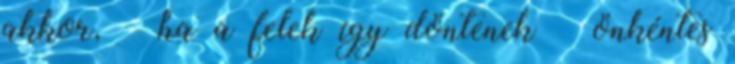
akkor, – ha a felek így döntenek – önkéntes